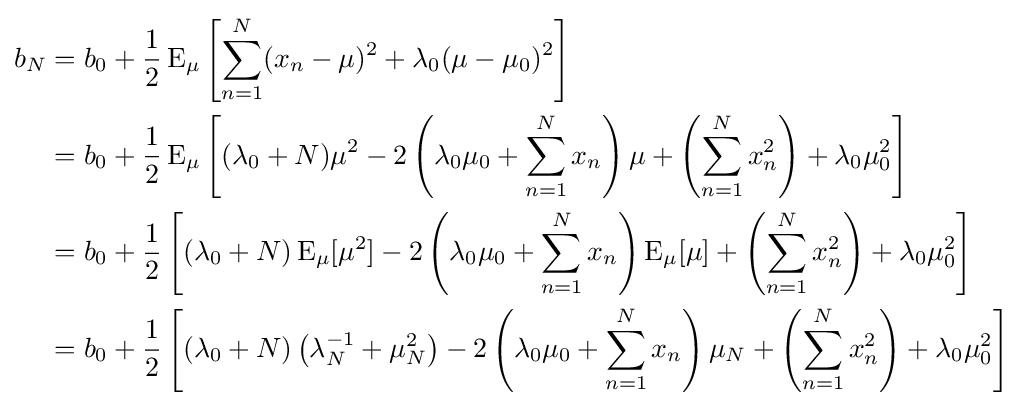
{\begin{aligned}b_{N}&=b_{0}+{\frac {1}{2}}\operatorname {E} _{\mu }\left[\sum _{n=1}^{N}(x_{n}-\mu )^{2}+\lambda _{0}(\mu -\mu _{0})^{2}\right]\\&=b_{0}+{\frac {1}{2}}\operatorname {E} _{\mu }\left[(\lambda _{0}+N)\mu ^{2}-2\left(\lambda _{0}\mu _{0}+\sum _{n=1}^{N}x_{n}\right)\mu +\left(\sum _{n=1}^{N}x_{n}^{2}\right)+\lambda _{0}\mu _{0}^{2}\right]\\&=b_{0}+{\frac {1}{2}}\left[(\lambda _{0}+N)\operatorname {E} _{\mu }[\mu ^{2}]-2\left(\lambda _{0}\mu _{0}+\sum _{n=1}^{N}x_{n}\right)\operatorname {E} _{\mu }[\mu ]+\left(\sum _{n=1}^{N}x_{n}^{2}\right)+\lambda _{0}\mu _{0}^{2}\right]\\&=b_{0}+{\frac {1}{2}}\left[(\lambda _{0}+N)\left(\lambda _{N}^{-1}+\mu _{N}^{2}\right)-2\left(\lambda _{0}\mu _{0}+\sum _{n=1}^{N}x_{n}\right)\mu _{N}+\left(\sum _{n=1}^{N}x_{n}^{2}\right)+\lambda _{0}\mu _{0}^{2}\right]\\\end{aligned}}